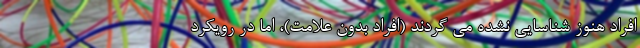
افراد هنوز شناسایی نشده می گردند (افراد بدون علامت)، اما در رویکرد